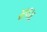
સલાદ